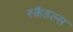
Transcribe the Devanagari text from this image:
स्‍कैंडल्‍स